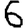
Digit: 6